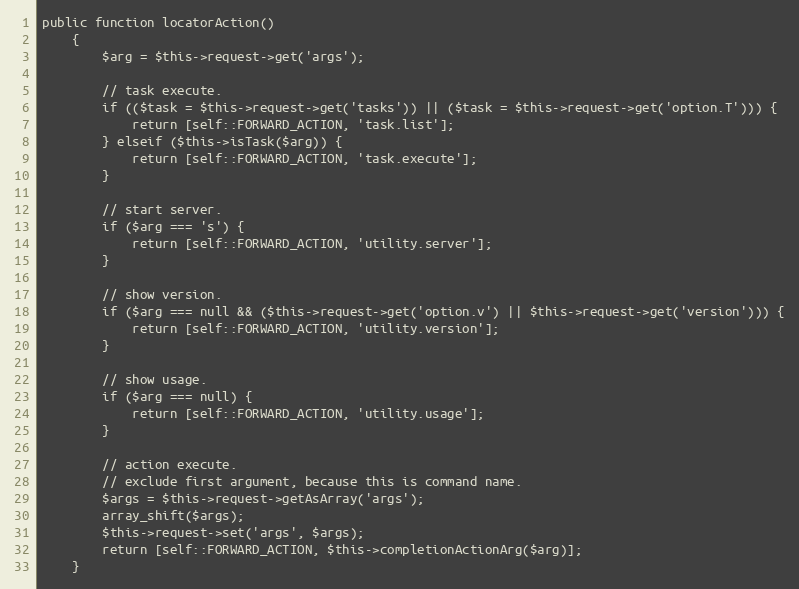
Language: PHP
public function locatorAction()
    {
        $arg = $this->request->get('args');

        // task execute.
        if (($task = $this->request->get('tasks')) || ($task = $this->request->get('option.T'))) {
            return [self::FORWARD_ACTION, 'task.list'];
        } elseif ($this->isTask($arg)) {
            return [self::FORWARD_ACTION, 'task.execute'];
        }

        // start server.
        if ($arg === 's') {
            return [self::FORWARD_ACTION, 'utility.server'];
        }

        // show version.
        if ($arg === null && ($this->request->get('option.v') || $this->request->get('version'))) {
            return [self::FORWARD_ACTION, 'utility.version'];
        }

        // show usage.
        if ($arg === null) {
            return [self::FORWARD_ACTION, 'utility.usage'];
        }

        // action execute.
        // exclude first argument, because this is command name.
        $args = $this->request->getAsArray('args');
        array_shift($args);
        $this->request->set('args', $args);
        return [self::FORWARD_ACTION, $this->completionActionArg($arg)];
    }